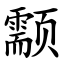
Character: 颥